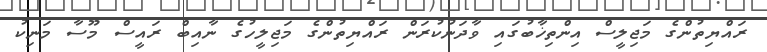
ރައްޔިތުންގެ މަޖިލީސް އިންތިޚާބުގައި ވާދަނުކުރަން ރައްޔިތުންގެ މަޖިލީހުގެ ނާއިބް ރައީސް މޫސާ މަނިކު